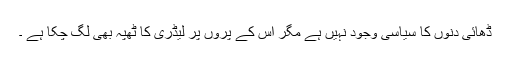
ڈھائی دنوں کا سیاسی وجود نہیں ہے مگر اس کے پروں پر لیڈری کا ٹھپہ بھی لگ چکا ہے ۔